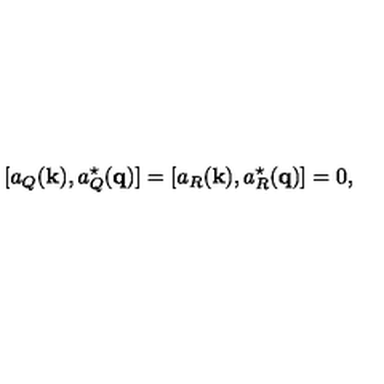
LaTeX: [ a _ { Q } ( { \bf k } ) , a _ { Q } ^ { \star } ( { \bf q } ) ] = [ a _ { R } ( { \bf k } ) , a _ { R } ^ { \star } ( { \bf q } ) ] = 0 ,